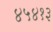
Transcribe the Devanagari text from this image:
४५४१३